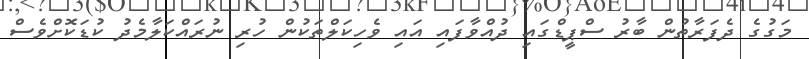
މަގުގެ ދެފަރާތުން ބާރު ސްޕީޑްގައި ދުއްވާފައި އައި ވެހިކަލްތަކުން ހުރި ނުރައްކަލާމެދު ކުޑަކޮށްވެސް